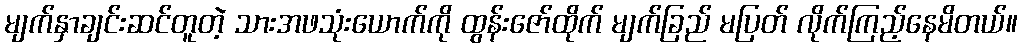
မျက်နှာချင်းဆင်တူတဲ့ သားအဖသုံးယောက်ကို ထွန်းဇော်ထိုက် မျက်ခြည် မပြတ် လိုက်ကြည့်နေမိတယ်။